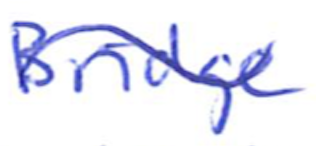
Text: Bridge
Cross-out: wave
Writing tool: ballpoint